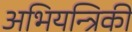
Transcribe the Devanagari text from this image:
अभियन्त्रिकी